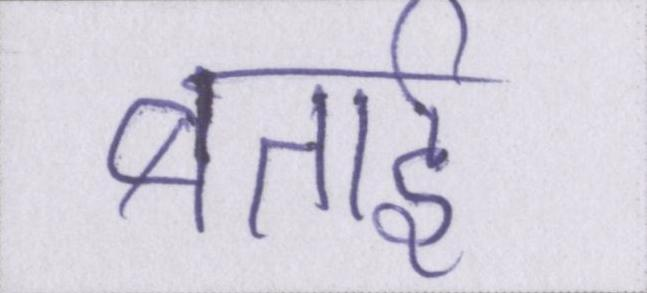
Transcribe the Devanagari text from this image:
बताई